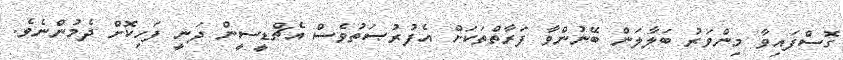
ގޮސްފައިވާ މިންވަރު ބަލާލަން ބޭނުންވާ ފަރާތްތަކަށް އެފުރުޞަތުވެސް އެޗްޑީސީން ދަނީ ފަހިކޮށް ދެމުންނެވެ.